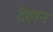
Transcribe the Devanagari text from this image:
दैहान